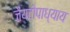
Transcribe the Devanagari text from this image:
जैयटोपाध्याय